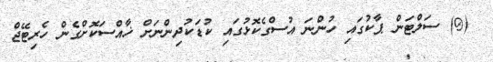
(@) ސަލްޓަން ޕާކުގައި ހުންނަ އުސްގެކޮޅުގައި ކުޑަކުދިންނަށް ޚާއްސަކޮށްގެން ހެރިޓޭޖް